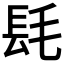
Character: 𨱞